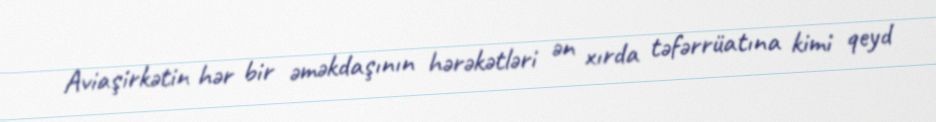
Aviaşirkətin hər bir əməkdaşının hərəkətləri ən xırda təfərrüatına kimi qeyd